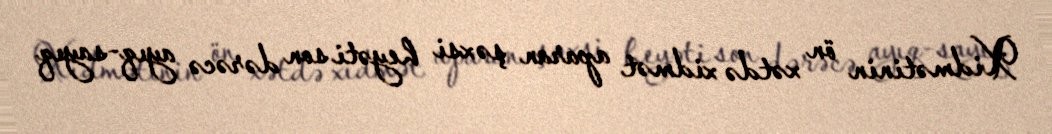
Xidmətinin ön xətdə xidmət aparan şəxsi heyəti son dərəcə ayıq-sayıq